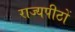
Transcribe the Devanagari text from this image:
राज्यपीठों